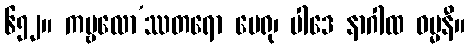
၆၅၂။ ကမ္ဗလော’ဿတရော မေရု၊ ပါဒေ နာဂါထ ဓမ္မနီ။